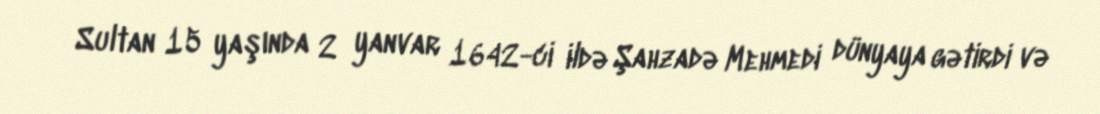
Sultan 15 yaşında 2 yanvar 1642-ci ildə Şahzadə Mehmedi dünyaya gətirdi və